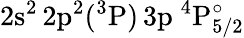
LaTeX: \mathrm{2s^{2}\, 2p^{2}(^{3}P)\, 3p~^{4}P_{5/2}^{\circ}}